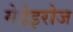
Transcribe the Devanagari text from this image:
मेडेइरोज